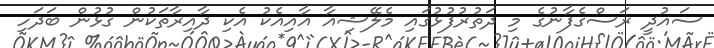
ސައުދީ ރަސްގެފާނުގެ މި ދަތުރުފުޅުގައި މެލޭޝިއާ އާއިއެކު އެކި ދާއިރާތަކުން ގުޅުން ބަދަހި